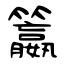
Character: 籝